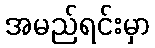
အမည်ရင်းမှာ